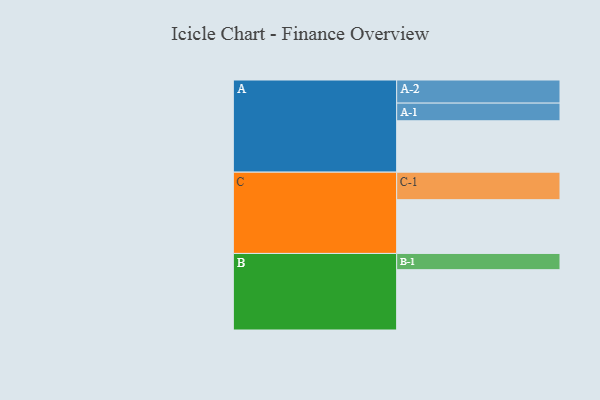
{"axis": {"x": "Segment", "y": "Value"}, "legend": ["", "A", "B", "C"], "data": [{"x": "A", "y": 500, "type": ""}, {"x": "B", "y": 587, "type": ""}, {"x": "C", "y": 523, "type": ""}, {"x": "A-1", "y": 172, "type": "A"}, {"x": "A-2", "y": 225, "type": "A"}, {"x": "B-1", "y": 158, "type": "B"}, {"x": "C-1", "y": 268, "type": "C"}]}